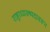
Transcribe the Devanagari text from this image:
राष्ट्राध्यक्ष्पदावरून